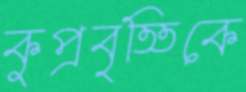
কুপ্রবৃত্তিকে